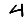
Digit: 4